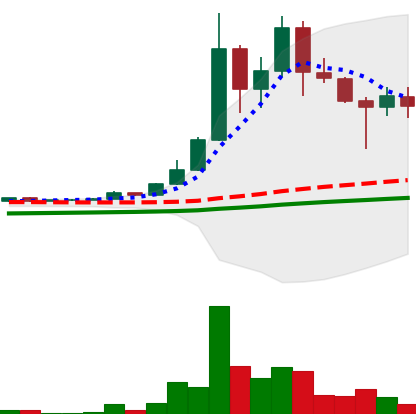
Ticker: DOGE-USD
Chart end date: 2021-04-25
Forward return: 34.427%
Label: up_7plus